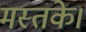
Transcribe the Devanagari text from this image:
मस्तके।